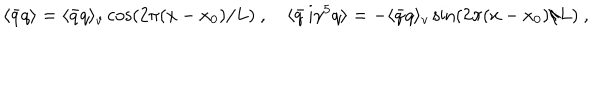
\langle \bar { q } q \rangle = \langle \bar { q } q \rangle _ { v } \cos ( 2 \pi ( x - x _ { 0 } ) / L ) \ , \quad \langle \bar { q } \, \mathrm { i } \gamma ^ { 5 } q \rangle = - \langle \bar { q } q \rangle _ { v } \sin ( 2 \pi ( x - x _ { 0 } ) / L ) \ ,